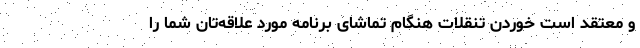
و معتقد است خوردن تنقلات هنگام تماشای برنامه مورد علاقه‌تان شما را